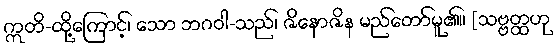
ဣတိ-ထို့ကြောင့်၊ သော ဘဂဝါ-သည်၊ ဇိနောဇိန မည်တော်မူ၏။ [သဗ္ဗတ္ထဟု